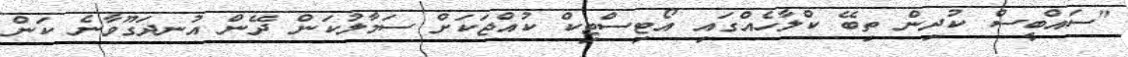
"ސައްބީސް ކުދިން ތިބޭ ކްލާހެއްގައި އޯޓިސްޓިކް ކުއްޖަކަށް ސަމާލުކަން ދޭން އުނދަގޫވާނެ ކަން